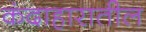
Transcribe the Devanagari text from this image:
कंदाहारातील